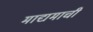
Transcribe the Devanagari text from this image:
माद्यमाची